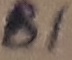
Text: B1